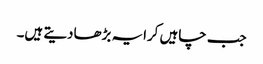
جب چاہیں کرایہ بڑھادیتے ہیں۔